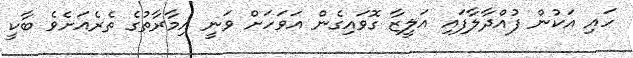
ހައި އަކުން ފުއްދާލާފައި އަލީޒާ ގޮވައިގެން އަވަހަށް ވަނީ އިމާރާތުގެ ތެރެއަށެވެ ބާކީ